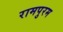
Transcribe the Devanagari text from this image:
रामपुरम